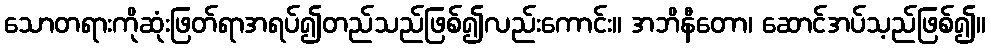
သောတရားကိုဆုံးဖြတ်ရာအရပ်၍တည်သည်ဖြစ်၍လည်းကောင်း။ အဘိနီတော၊ ဆောင်အပ်သ့ည်ဖြစ်၍။